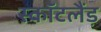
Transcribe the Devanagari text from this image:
स्कॉटलैंड़